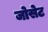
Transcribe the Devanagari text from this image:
जोसेट